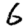
Digit: 6